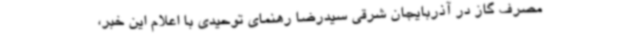
مصرف گاز در آذربایجان شرقی سیدرضا رهنمای توحیدی با اعلام این خبر،